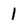
Character: 1